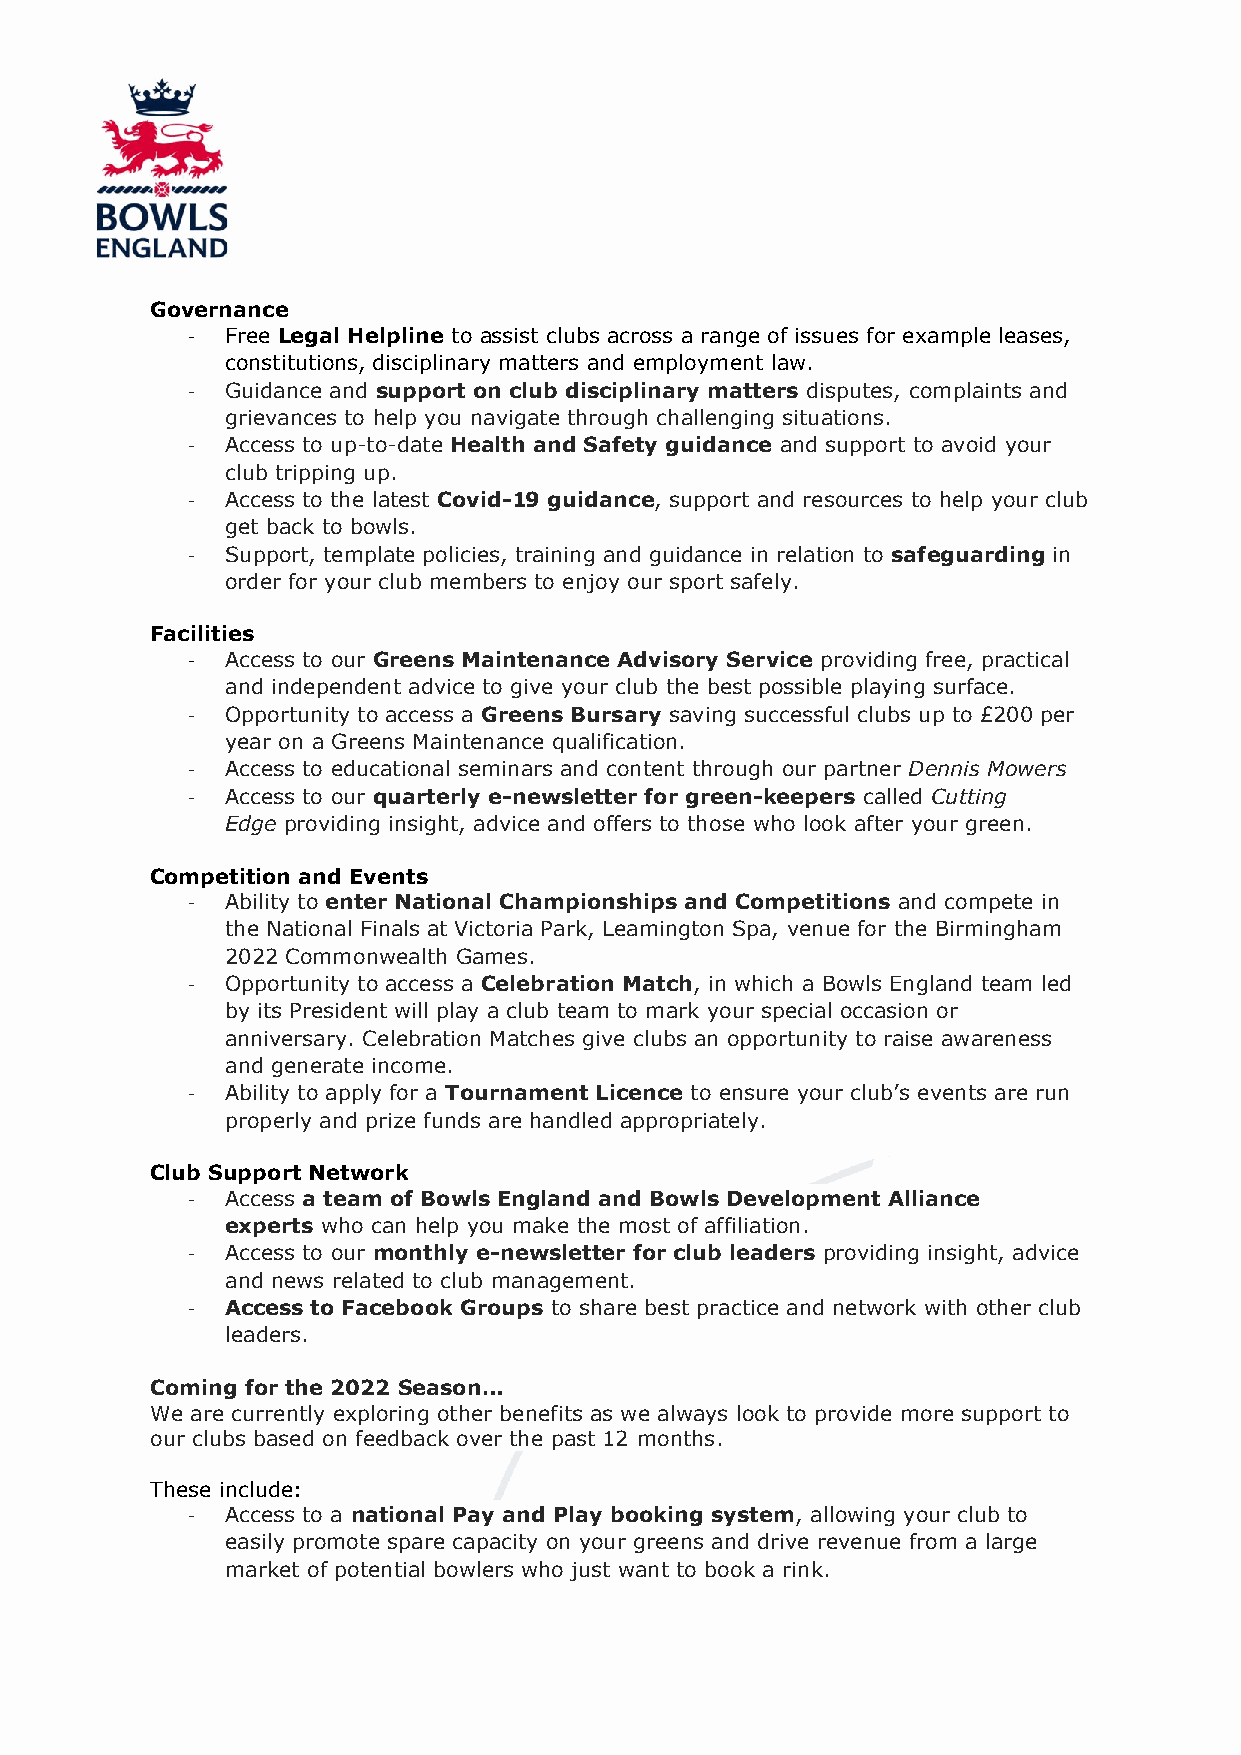
Governance
 -  Free Legal Helpline to assist clubs across a range of issues for example leases,
 constitutions, disciplinary matters and employment law.
 -  Guidance and support on club disciplinary matters disputes, complaints and
 grievances to help you navigate through challenging situations.
 -  Access to up-to-date Health and Safety guidance and support to avoid your
 club tripping up.
 -  Access to the latest Covid-19 guidance, support and resources to help your club
 get back to bowls.
 -  Support, template policies, training and guidance in relation to safeguarding in
 order for your club members to enjoy our sport safely.
 Facilities
 -  Access to our Greens Maintenance Advisory Service providing free, practical
 and independent advice to give your club the best possible playing surface.
 -  Opportunity to access a Greens Bursary saving successful clubs up to £200 per
 year on a Greens Maintenance qualification.
 -  Access to educational seminars and content through our partner Dennis Mowers
 -  Access to our quarterly e-newsletter for green-keepers called Cutting
 Edge providing insight, advice and offers to those who look after your green.
 Competition and Events
 -  Ability to enter National Championships and Competitions and compete in
 the National Finals at Victoria Park, Leamington Spa, venue for the Birmingham
 2022 Commonwealth Games.
 -  Opportunity to access a Celebration Match, in which a Bowls England team led
 by its President will play a club team to mark your special occasion or
 anniversary. Celebration Matches give clubs an opportunity to raise awareness
 and generate income.
 -  Ability to apply for a Tournament Licence to ensure your club’s events are run
 properly and prize funds are handled appropriately.
 Club Support Network
 -  Access a team of Bowls England and Bowls Development Alliance
 experts who can help you make the most of affiliation.
 -  Access to our monthly e-newsletter for club leaders providing insight, advice
 and news related to club management.
 -  Access to Facebook Groups to share best practice and network with other club
 leaders.
 Coming for the 2022 Season…
 We are currently exploring other benefits as we always look to provide more support to
 our clubs based on feedback over the past 12 months.
 These include:
 -  Access to a national Pay and Play booking system, allowing your club to
 easily promote spare capacity on your greens and drive revenue from a large
 market of potential bowlers who just want to book a rink.